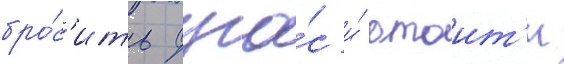
бро́с'ить фуга́с и́ отоит'и